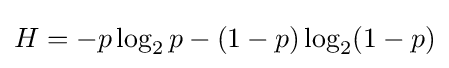
H=-p\log _{2}p-(1-p)\log _{2}(1-p)